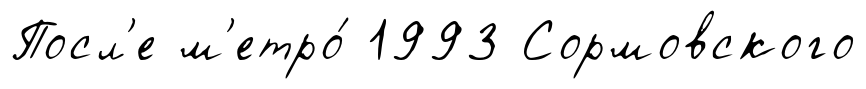
Посл'е м'етро́ 1993 Сормовского